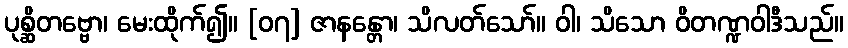
ပုစ္ဆိတဗ္ဗော၊ မေးထိုက်၍။ [၀၇] ဇာနန္တော၊ သိလတ်သော်။ ဝါ၊ သိသော ဝိတဏ္ဍဝါဒီသည်။